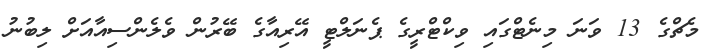
މެޗްގެ 13 ވަނަ މިނެޓްގައި ވިކްޓްރީގެ ޕެނަލްޓީ އޭރިއާގެ ބޭރުން ވެލެންސިއާއަށް ލިބުނު